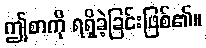
ဤစာကို ရရှိခဲ့ခြင်းဖြစ်၏။